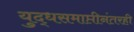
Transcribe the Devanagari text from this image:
युद्धसमाप्तीनंतरही